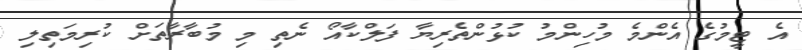
އެ ޓީމުގެ އެންމެ މުހިންމު ކުޅުންތެރިޔާ ފަލްކާއޯ ނެތި މި މުބާރާތަށް ކުރިމަތިލި